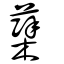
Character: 櫱